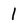
Character: 1